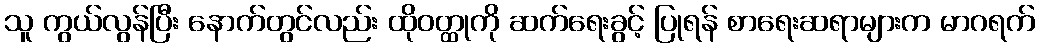
သူ ကွယ်လွန်ပြီး နောက်တွင်လည်း ထိုဝတ္ထုကို ဆက်ရေးခွင့် ပြုရန် စာရေးဆရာများက မာဂရက်